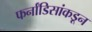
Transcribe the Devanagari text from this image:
फर्नांडिसांकडून